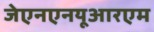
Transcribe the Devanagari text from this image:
जेएनएनयूआरएम